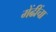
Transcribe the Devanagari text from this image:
मेंढींचा